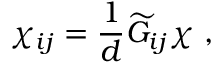
\chi _ { i j } = { \frac { 1 } { d } } { \widetilde G } _ { i j } \chi ~ ,